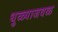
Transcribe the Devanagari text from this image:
धुळ्याजवळ